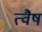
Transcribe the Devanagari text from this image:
त्वैष